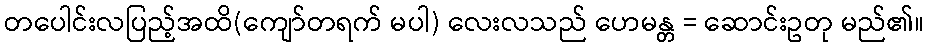
တပေါင်းလပြည့်အထိ(ကျော်တရက် မပါ) လေးလသည် ဟေမန္တ = ဆောင်းဥတု မည်၏။